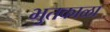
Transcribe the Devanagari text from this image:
भुतकाळा